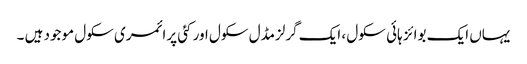
یہاں ایک بوائز ہائی سکول ، ایک گرلزمڈل سکول اور کئی پرائمری سکول موجود ہیں ۔